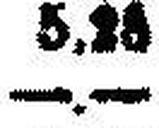
—.—